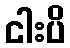
ငါးပိ